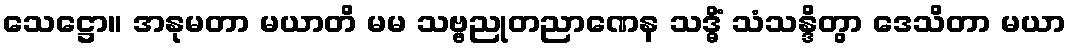
သေဋ္ဌော။ အနုမတာ မယာတိ မမ သဗ္ဗညုတညာဏေန သဒ္ဓိံ သံသန္ဒိတွာ ဒေသိတာ မယာ